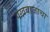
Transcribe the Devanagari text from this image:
पखवाजाचा